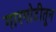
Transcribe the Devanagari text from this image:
गारगोटीतून